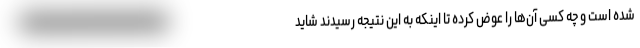
شده است و چه کسی آن‌ها را عوض کرده تا اینکه به این نتیجه رسیدند شاید